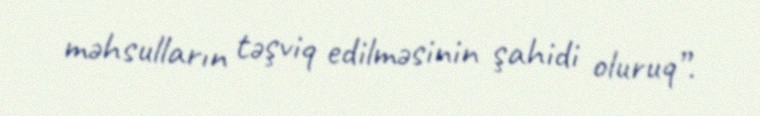
məhsulların təşviq edilməsinin şahidi oluruq”.